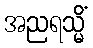
အညရသ္မိံ